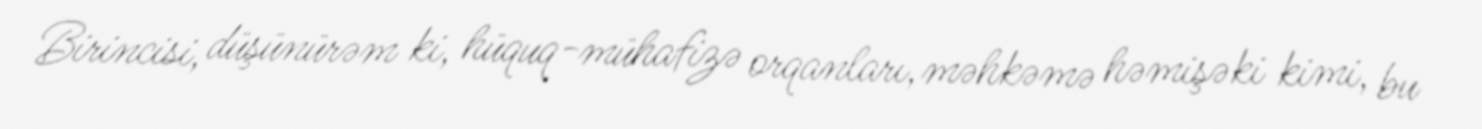
Birincisi, düşünürəm ki, hüquq-mühafizə orqanları, məhkəmə həmişəki kimi, bu